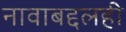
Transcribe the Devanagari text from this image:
नावाबद्दलही